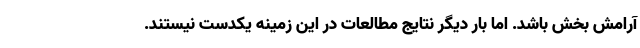
آرامش بخش باشد. اما بار دیگر نتایج مطالعات در این زمینه یکدست نیستند.